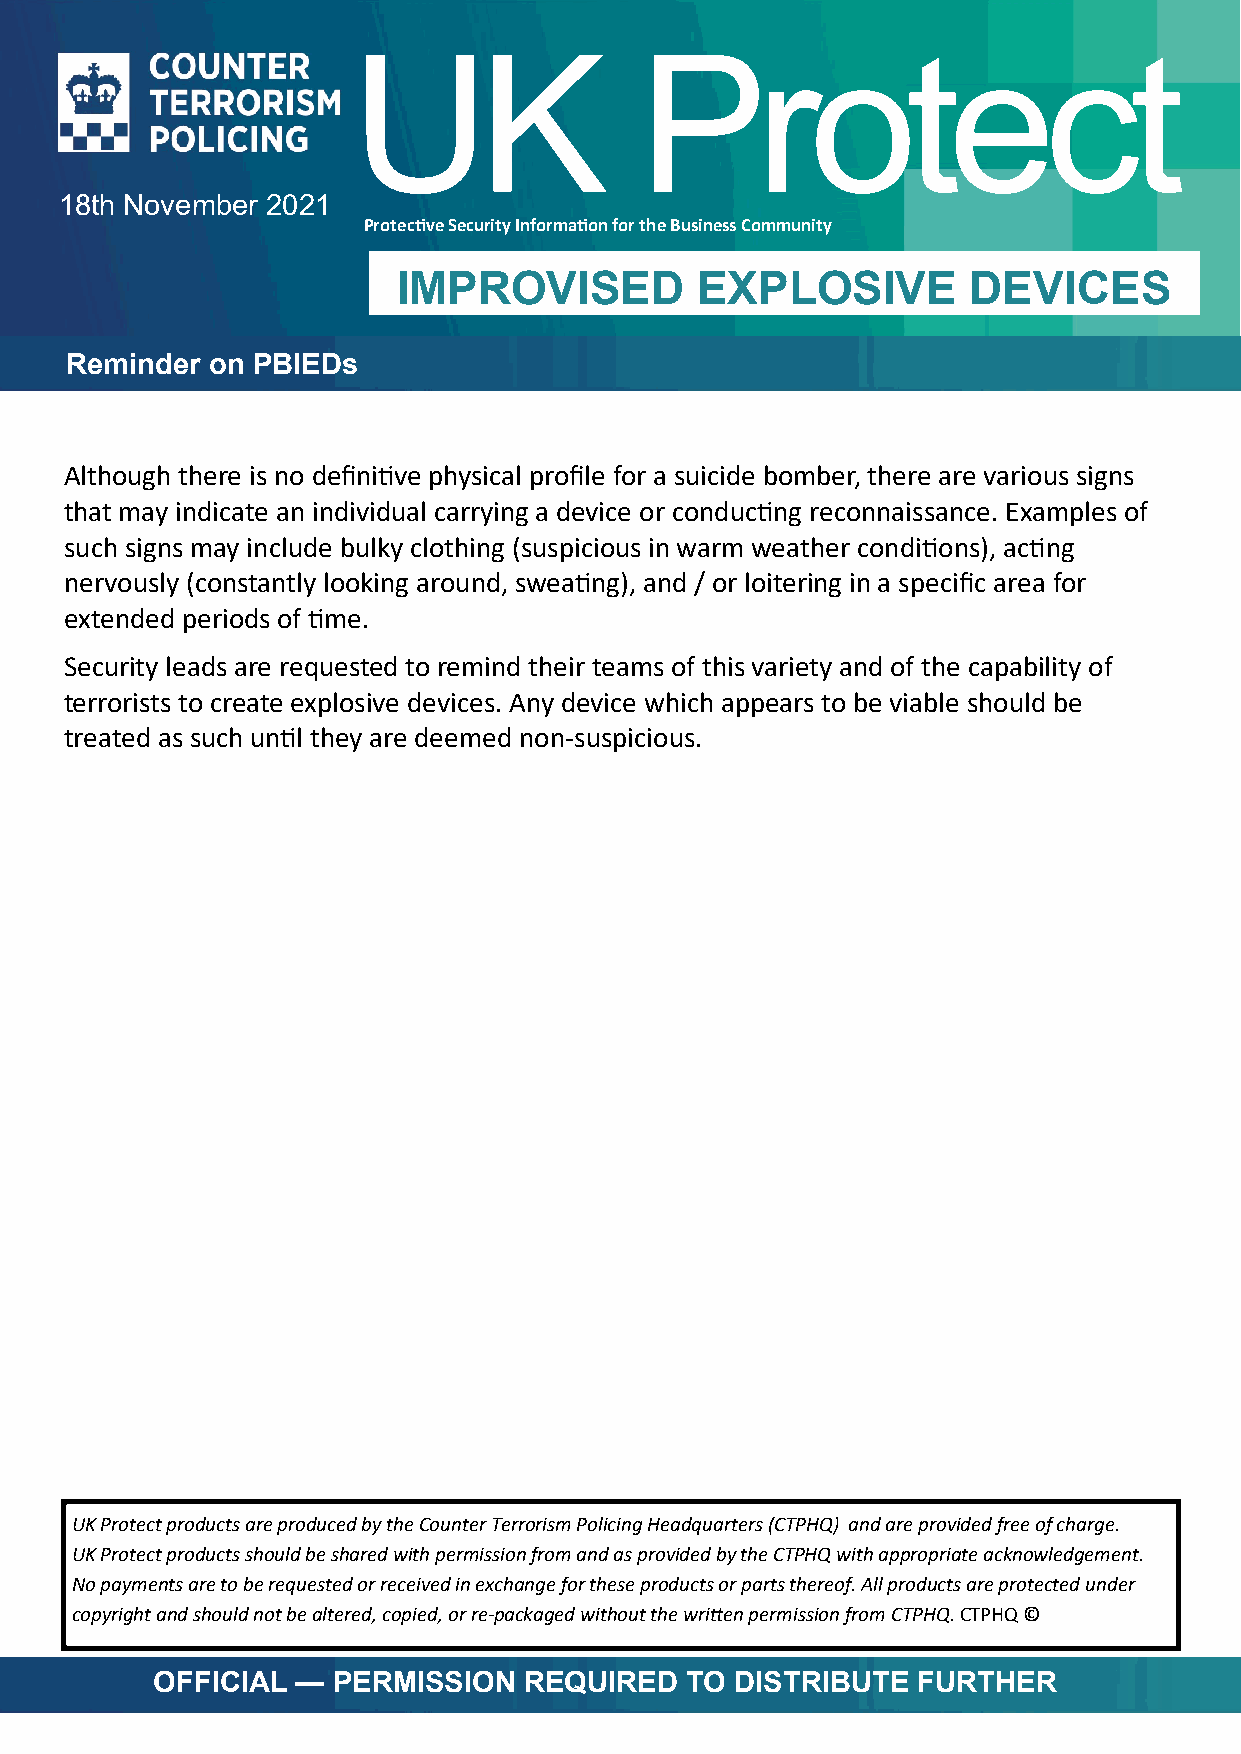
UUKK               PPrrootteecctt
 18th November 2021
 Protective Security Information for the Business Community
 4th May 2018
 IMPROVISED          EXPLOSIVE         DEVICES
 Reminder  on PBIEDs
 Although there is no definitive physical profile for a suicide bomber, there are various signs
 that may indicate an individual carrying a device or conducting reconnaissance. Examples of
 such signs may include bulky clothing (suspicious in warm weather conditions), acting
 nervously (constantly looking around, sweating), and / or loitering in a specific area for
 extended periods of time.
 Security leads are requested to remind their teams of this variety and of the capability of
 terrorists to create explosive devices. Any device which appears to be viable should be
 treated as such until they are deemed non-suspicious.
 UK Protect products are produced by the Counter Terrorism Policing Headquarters (CTPHQ) and are provided free of charge.
 UK Protect products should be shared with permission from and as provided by the CTPHQ with appropriate acknowledgement.
 No payments are to be requested or received in exchange for these products or parts thereof. All products are protected under
 copyright and should not be altered, copied, or re-packaged without the written permission from CTPHQ. CTPHQ ©
 OFFICIAL  — PERMISSION   REQUIRED  TO  DISTRIBUTE  FURTHER